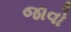
જાવો